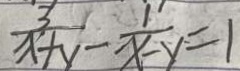
\frac { 3 } { x + y } - \frac { 1 } { x - y } = 1